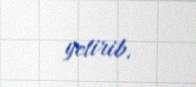
yetirib.